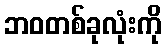
ဘဝတစ်ခုလုံးကို